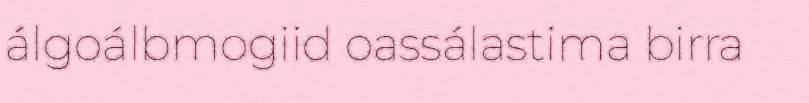
álgoálbmogiid oassálastima birra